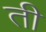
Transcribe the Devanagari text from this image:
ती